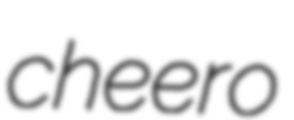
cheero